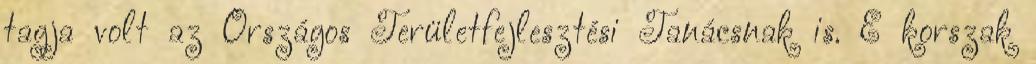
tagja volt az Országos Területfejlesztési Tanácsnak is. E korszak